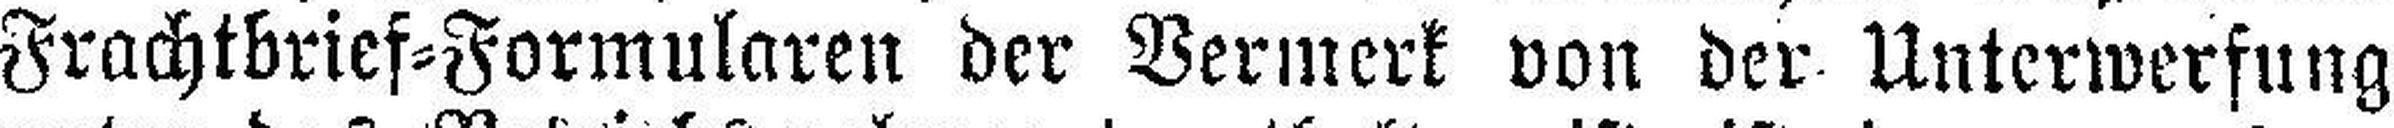
Frachtbrief=Formularen der Vermerk von der Unterwerfung